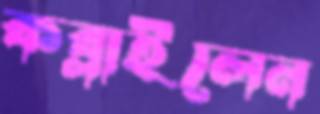
কব্‌লাইলেন